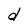
Character: d